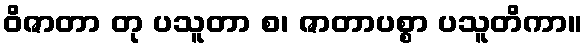
ဝိဇာတာ တု ပသူတာ စ၊ ဇာတာပစ္စာ ပသူတိကာ။